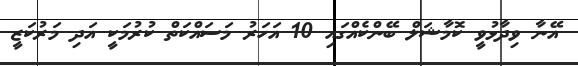
އޭނާ ވިދާޅުވީ ކޮމާޝަލް ބޭންކެއްގައި 10 އަހަރު މަސައްކަތް ކުރުމަކީ އަދި މަރުކަޒީ